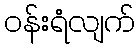
ဝန်းရံလျက်